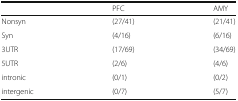
|  | PFC | AMY |
 | --- | --- | --- |
 | Nonsyn | (27/41) | (21/41) |
 | Syn | (4/16) | (6/16) |
 | 3UTR | (17/69) | (34/69) |
 | 5UTR | (2/6) | (4/6) |
 | intronic | (0/1) | (0/2) |
 | intergenic | (0/7) | (5/7) |